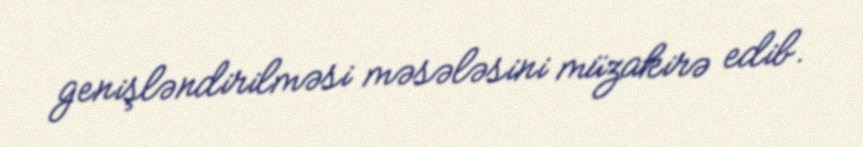
genişləndirilməsi məsələsini müzakirə edib.